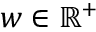
w \in \mathbb { R } ^ { + }